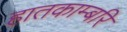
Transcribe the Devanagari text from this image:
हातकाम्बरि